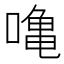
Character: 𠼓